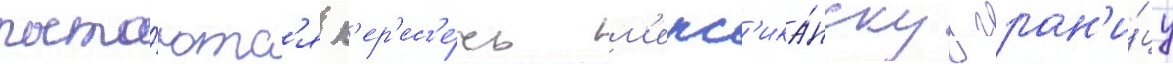
пыта́ютс'я п'ер'ес'е́чь м'екс'ика́нскуу гран'и́цу